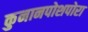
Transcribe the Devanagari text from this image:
कुनानपोशपोरा